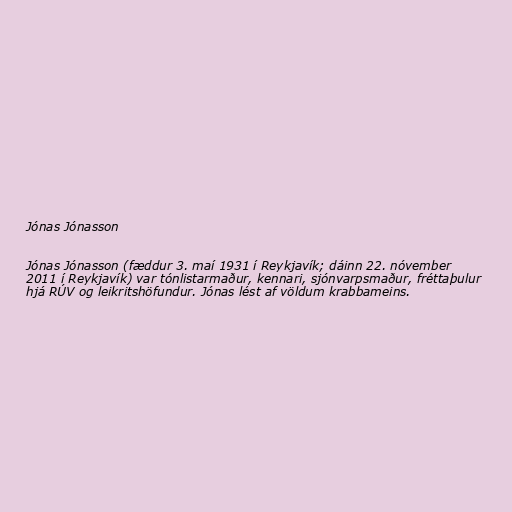
Jónas Jónasson

Jónas Jónasson (fæddur 3. maí 1931 í Reykjavík; dáinn 22. nóvember
2011 í Reykjavík) var tónlistarmaður, kennari, sjónvarpsmaður, fréttaþulur
hjá RÚV og leikritshöfundur. Jónas lést af völdum krabbameins.